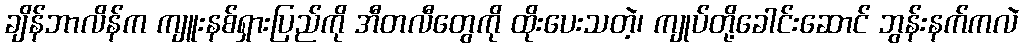
ချိန်ဘာလိန်က ကျူးနစ်ရှားပြည်ကို အီတလီတွေကို ထိုးပေးသတဲ့၊ ကျုပ်တို့ခေါင်းဆောင် ဘွန်းနက်ကလဲ